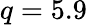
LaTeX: q=5.9